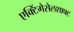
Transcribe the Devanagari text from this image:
एक्टिंगेसेलशाफ्ट